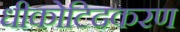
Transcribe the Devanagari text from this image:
धीकोटिदकरण